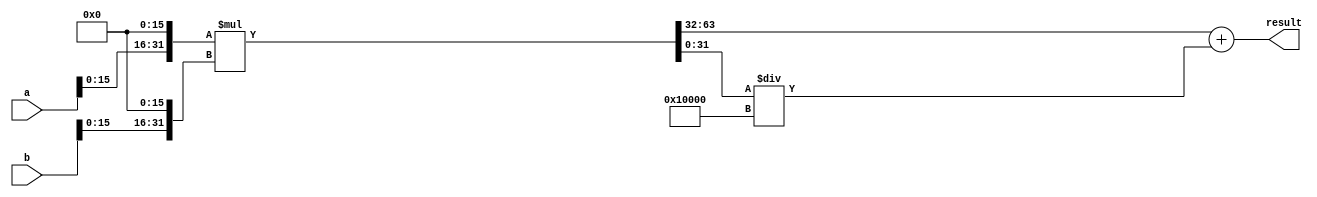
module mixed_precision_support (
    input [31:0] a,
    input [31:0] b,
    output [63:0] result
);

reg [31:0] a_fixed;
reg [31:0] b_fixed;

// convert inputs to fixed point
assign a_fixed = $signed({a[31], a[30:0]}) << 16;
assign b_fixed = $signed({b[31], b[30:0]}) << 16;

// perform multiplication
reg [63:0] mult_result;
always @* begin
    mult_result = $signed(a_fixed) * $signed(b_fixed);
end

// convert result back to floating point
assign result = {mult_result[63], mult_result[62:32]} + 
               {mult_result[31], mult_result[30:0]} / 65536;

endmodule